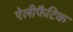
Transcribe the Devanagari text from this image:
ऐलीफैटिक